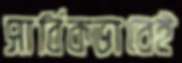
সার্বিকভাবেই